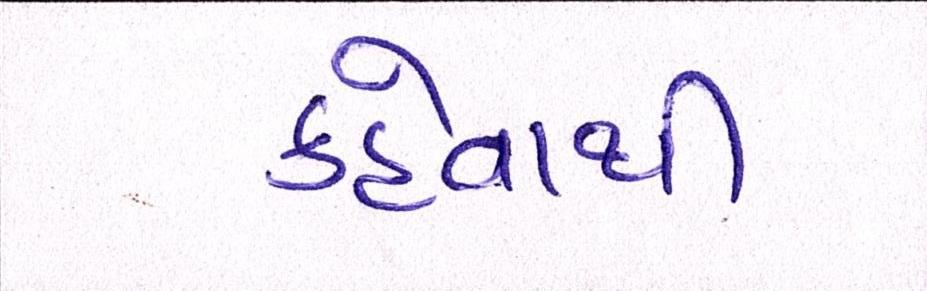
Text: કહેવાથી